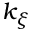
k _ { \xi }